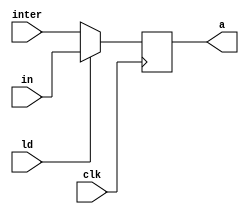
module fora(a,in,inter,ld,clk);
output reg [15:0] a;
input [15:0] in,inter;
input clk,ld;

always@(posedge clk)
begin
if(ld==1)
begin
a<=in;
end

else
begin
a<=inter;
end

end


endmodule